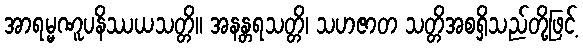
အာရမ္မဏူပနိဿယသတ္တိ။ အနန္တရသတ္တိ၊ သဟဇာတ သတ္တိအစရှိသည်တို့ဖြင့်